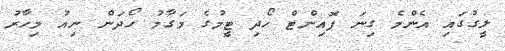
ލީގުގައި އެންމެ ގިނަ ޕޮއިންޓް ހޯދި ޓީމުގެ މަގާމު ހޯދަން ނިއު މިހާރު